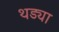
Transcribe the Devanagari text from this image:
थड्या